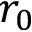
r _ { 0 }